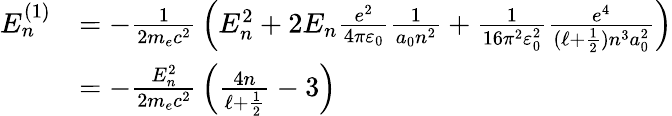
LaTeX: {\begin{array}{rl}{E_{n}^{(1)}}&{=-{\frac{1}{2m_{e}c^{2}}}\left(E_{n}^{2}+2E_{n}{\frac{e^{2}}{4\pi\varepsilon_{0}}}{\frac{1}{a_{0}n^{2}}}+{\frac{1}{16\pi^{2}\varepsilon_{0}^{2}}}{\frac{e^{4}}{(\ell+{\frac{1}{2}})n^{3}a_{0}^{2}}}\right)}\\ &{=-{\frac{E_{n}^{2}}{2m_{e}c^{2}}}\left({\frac{4n}{\ell+{\frac{1}{2}}}}-3\right)}\end{array}}